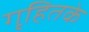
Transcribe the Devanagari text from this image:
गृहितके